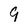
Character: 9